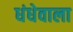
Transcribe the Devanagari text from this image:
धंधेवाला